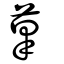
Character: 䔌